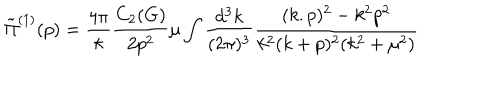
LaTeX: \tilde { \Pi } ^ { ( 1 ) } ( p ) = \frac { 4 \pi } { \kappa } \frac { C _ { 2 } ( G ) } { 2 p ^ { 2 } } \mu \int \frac { d ^ { 3 } k } { ( 2 \pi ) ^ { 3 } } \frac { ( k . p ) ^ { 2 } - k ^ { 2 } p ^ { 2 } } { k ^ { 2 } ( k + p ) ^ { 2 } ( k ^ { 2 } + \mu ^ { 2 } ) }